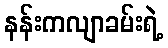
နန်းကလျာခမ်းရဲ့